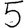
Digit: 5